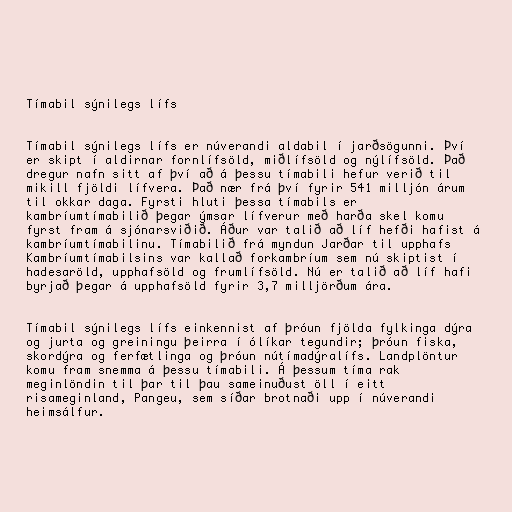
Tímabil sýnilegs lífs

Tímabil sýnilegs lífs er núverandi aldabil í jarðsögunni. Því
er skipt í aldirnar fornlífsöld, miðlífsöld og nýlífsöld. Það
dregur nafn sitt af því að á þessu tímabili hefur verið til
mikill fjöldi lífvera. Það nær frá því fyrir 541 milljón árum
til okkar daga. Fyrsti hluti þessa tímabils er
kambríumtímabilið þegar ýmsar lífverur með harða skel komu
fyrst fram á sjónarsviðið. Áður var talið að líf hefði hafist á
kambríumtímabilinu. Tímabilið frá myndun Jarðar til upphafs
Kambríumtímabilsins var kallað forkambríum sem nú skiptist í
hadesaröld, upphafsöld og frumlífsöld. Nú er talið að líf hafi
byrjað þegar á upphafsöld fyrir 3,7 milljörðum ára.

Tímabil sýnilegs lífs einkennist af þróun fjölda fylkinga dýra
og jurta og greiningu þeirra í ólíkar tegundir; þróun fiska,
skordýra og ferfætlinga og þróun nútímadýralífs. Landplöntur
komu fram snemma á þessu tímabili. Á þessum tíma rak
meginlöndin til þar til þau sameinuðust öll í eitt
risameginland, Pangeu, sem síðar brotnaði upp í núverandi
heimsálfur.